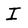
Character: I